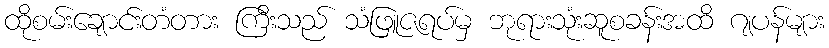
ထိုစမ်းချောင်းတံတား ကြီးသည် သံဖြူဇရပ်မှ ဘုရားသုံးဆူစခန်းအထိ ဂျပန်များ